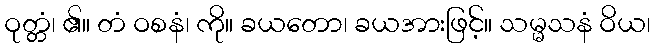
ဝုတ္တံ၊ ၏။ တံ ဝစနံ၊ ကို။ ခယတော၊ ခယအားဖြင့်။ သမ္မသနံ ဝိယ၊